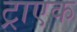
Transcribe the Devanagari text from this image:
ट्राएक